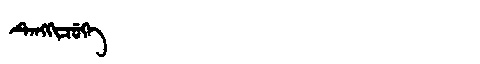
Manchu: ᡨᡝᠩᡴᡳᠴᡠᡴᡝ
Romanization: TENGKICUKE